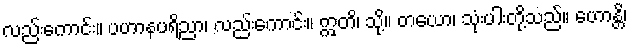
လည်းကောင်း။ ပဟာနပရိညာ၊ လည်းကောင်း။ ဣတိ၊ သို့။ တယော၊ သုံးပါးတို့သည်။ ဟောန္တိ၊